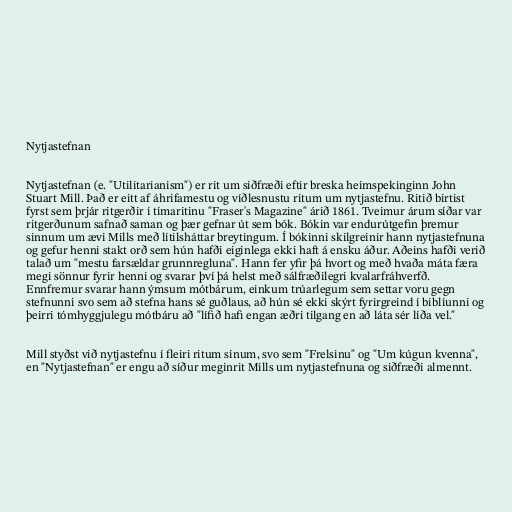
Nytjastefnan

Nytjastefnan (e. "Utilitarianism") er rit um siðfræði eftir breska heimspekinginn John
Stuart Mill. Það er eitt af áhrifamestu og víðlesnustu ritum um nytjastefnu. Ritið birtist
fyrst sem þrjár ritgerðir í tímaritinu "Fraser's Magazine" árið 1861. Tveimur árum síðar var
ritgerðunum safnað saman og þær gefnar út sem bók. Bókin var endurútgefin þremur
sinnum um ævi Mills með lítilsháttar breytingum. Í bókinni skilgreinir hann nytjastefnuna
og gefur henni stakt orð sem hún hafði eiginlega ekki haft á ensku áður. Aðeins hafði verið
talað um "mestu farsældar grunnregluna". Hann fer yfir þá hvort og með hvaða máta færa
megi sönnur fyrir henni og svarar því þá helst með sálfræðilegri kvalarfráhverfð.
Ennfremur svarar hann ýmsum mótbárum, einkum trúarlegum sem settar voru gegn
stefnunni svo sem að stefna hans sé guðlaus, að hún sé ekki skýrt fyrirgreind í biblíunni og
þeirri tómhyggjulegu mótbáru að "lífið hafi engan æðri tilgang en að láta sér líða vel."

Mill styðst við nytjastefnu í fleiri ritum sínum, svo sem "Frelsinu" og "Um kúgun kvenna",
en "Nytjastefnan" er engu að síður meginrit Mills um nytjastefnuna og siðfræði almennt.